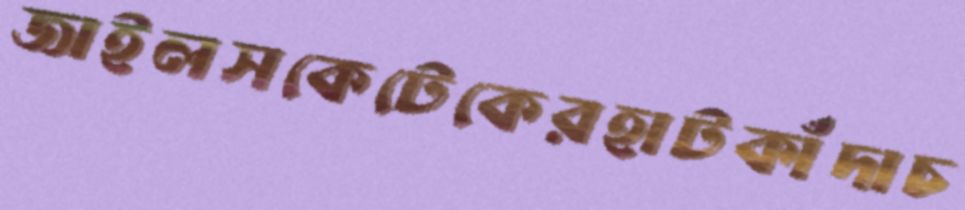
জাইলসকেটেকেরহাটকাঁদাচ